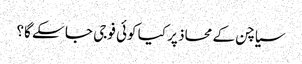
سیاچن کے محاذ پر کیا کوئی فوجی جا سکے گا؟